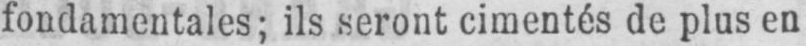
fondamentales; ils seront cimentés de plus en